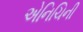
એનિચિની